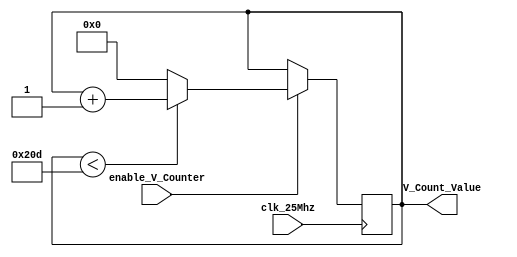
`timescale 1ns / 1ps
//////////////////////////////////////////////////////////////////////////////////
// Company: 
// Engineer: 
// 
// Design Name: 
// Module Name: veritcal_counter
// Project Name: 
// Target Devices: 
// Tool Versions: 
// Description: 
// 
// Dependencies: 
// 
// Revision:
// Revision 0.01 - File Created
// Additional Comments:
// 
//////////////////////////////////////////////////////////////////////////////////


module vertical_counter(
    input clk_25Mhz,
    input enable_V_Counter,
    output reg [15:0] V_Count_Value = 0
    );
    
    always@(posedge clk_25Mhz) begin
        if (enable_V_Counter == 1'b1) begin
            if (V_Count_Value < 525) // counting
                V_Count_Value <= V_Count_Value +1;
            else V_Count_Value <= 0; // reset horizontal counter
    end
    end

endmodule